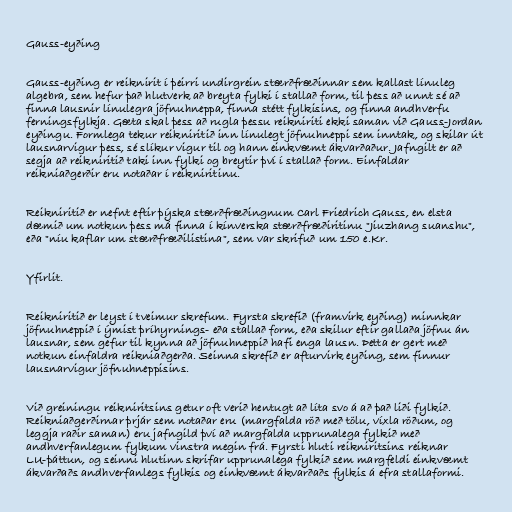
Gauss-eyðing

Gauss-eyðing er reiknirit í þeirri undirgrein stærðfræðinnar sem kallast línuleg
algebra, sem hefur það hlutverk að breyta fylki í stallað form, til þess að unnt sé að
finna lausnir línulegra jöfnuhneppa, finna stétt fylkisins, og finna andhverfu
ferningsfylkja. Gæta skal þess að rugla þessu reikniriti ekki saman við Gauss-Jordan
eyðingu. Formlega tekur reikniritið inn línulegt jöfnuhneppi sem inntak, og skilar út
lausnarvigur þess, sé slíkur vigur til og hann einkvæmt ákvarðaður. Jafngilt er að
segja að reikniritið taki inn fylki og breytir því í stallað form. Einfaldar
reikniaðgerðir eru notaðar í reikniritinu.

Reikniritið er nefnt eftir þýska stærðfræðingnum Carl Friedrich Gauss, en elsta
dæmið um notkun þess má finna í kínverska stærðfræðiritinu "Jiuzhang suanshu",
eða "níu kaflar um stærðfræðilistina", sem var skrifuð um 150 e.Kr.

Yfirlit.

Reikniritið er leyst í tveimur skrefum. Fyrsta skrefið (framvirk eyðing) minnkar
jöfnuhneppið í ýmist þríhyrnings- eða stallað form, eða skilur eftir gallaða jöfnu án
lausnar, sem gefur til kynna að jöfnuhneppið hafi enga lausn. Þetta er gert með
notkun einfaldra reikniaðgerða. Seinna skrefið er afturvirk eyðing, sem finnur
lausnarvigur jöfnuhneppisins.

Við greiningu reikniritsins getur oft verið hentugt að líta svo á að það liði fylkið.
Reikniaðgerðirnar þrjár sem notaðar eru (margfalda röð með tölu, víxla röðum, og
leggja raðir saman) eru jafngild því að margfalda upprunalega fylkið með
andhverfanlegum fylkum vinstra megin frá. Fyrsti hluti reikniritsins reiknar
LU-þáttun, og seinni hlutinn skrifar upprunalega fylkið sem margfeldi einkvæmt
ákvarðaðs andhverfanlegs fylkis og einkvæmt ákvarðaðs fylkis á efra stallaformi.